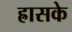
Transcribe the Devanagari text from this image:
ह्रासके